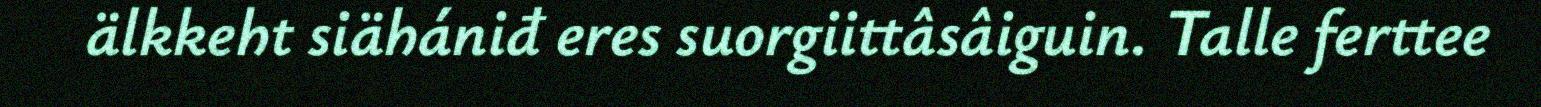
älkkeht siähániđ eres suorgiittâsâiguin. Talle ferttee